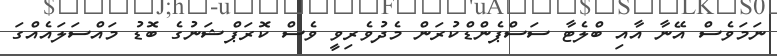
ނަމަވެސް އޭނާ އާއި ބްލެޓާ ސަސްޕެންޑްކުރަން މެދުވެރިވީ ވެސް ކޮރަޕްޝަނުގެ ބޮޑު މައްސަލައެއްގަ